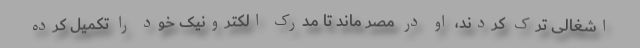
اشغالی ترک کردند، او در مصر ماند تا مدرک الکترونیک خود را تکمیل کرده